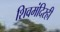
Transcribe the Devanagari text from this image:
शिवमंदिरही